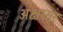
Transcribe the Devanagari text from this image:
अक्षरसर